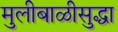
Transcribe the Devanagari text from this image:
मुलीबाळीसुद्धा